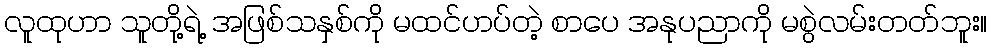
လူထုဟာ သူတို့ရဲ့ အဖြစ်သနှစ်ကို မထင်ဟပ်တဲ့ စာပေ အနုပညာကို မစွဲလမ်းတတ်ဘူး။